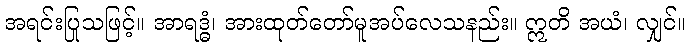
အရင်းပြုသဖြင့်။ အာရဒ္ဓံ၊ အားထုတ်တော်မူအပ်လေသနည်း။ ဣတိ အယံ၊ လျှင်။